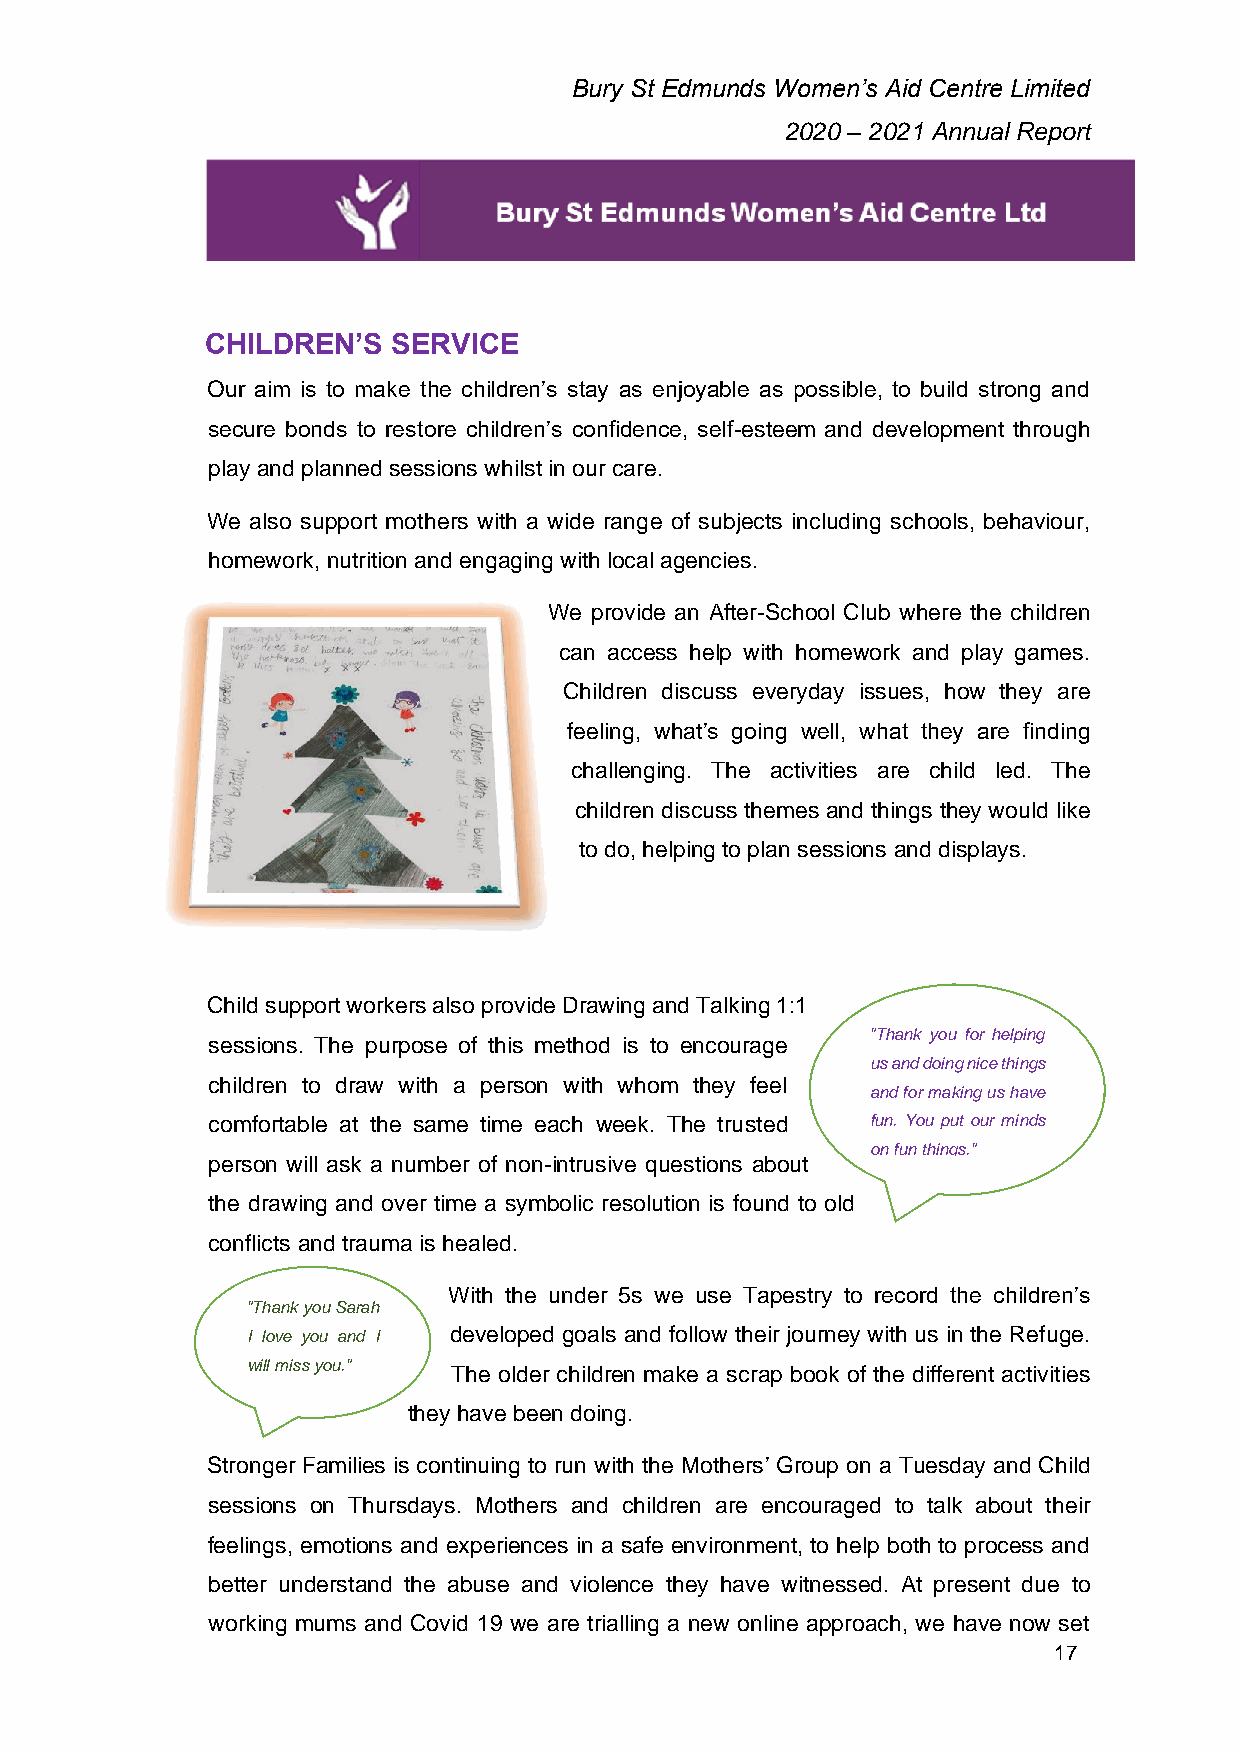
Bury St Edmunds Women’s Aid Centre Limited
 2020 – 2021 Annual Report
 CHILDREN’S  SERVICE
 Our aim is to make the children’s stay as enjoyable as possible, to build strong and
 secure bonds to restore children’s confidence, self-esteem and development through
 play and planned sessions whilst in our care.
 We also support mothers with a wide range of subjects including schools, behaviour,
 homework, nutrition and engaging with local agencies.
 We provide an After-School Club where the children
 can access help with homework and play games.
 Children discuss everyday issues, how they are
 feeling, what’s going well, what they are finding
 challenging. The activities are child led. The
 children discuss themes and things they would like
 to do, helping to plan sessions and displays.
 Child support workers also provide Drawing and Talking 1:1
 "Thank you for helping
 sessions. The purpose of this method is to encourage
 us and doing nice things
 children to draw with a person with whom they feel
 and for making us have
 comfortable at the same time each week. The trusted fun. You put our minds
 on fun things."
 person will ask a number of non-intrusive questions about
 the drawing and over time a symbolic resolution is found to old
 conflicts and trauma is healed.
 With the under 5s we use Tapestry to record the children’s
 "Thank you Sarah
 I love you and I developed goals and follow their journey with us in the Refuge.
 will miss you." The older children make a scrap book of the different activities
 they have been doing.
 Stronger Families is continuing to run with the Mothers’ Group on a Tuesday and Child
 sessions on Thursdays. Mothers and children are encouraged to talk about their
 feelings, emotions and experiences in a safe environment, to help both to process and
 better understand the abuse and violence they have witnessed. At present due to
 working mums and Covid 19 we are trialling a new online approach, we have now set
 17